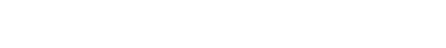
လကြည့်သူကို မျက်လုံးထောင့်စွန်းမှ တစ်ချက်မြင်လိုက်သော်လည်း လုံးဝသတိမထားခဲ့။